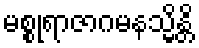
မစ္စုရာဇာဂမနသ္မိန္တိ